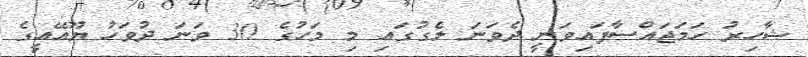
ޝާހިރު ހަމަޖައްސާފައިވަނީ ދެވަނަ ލެގުގައި މި މަހުގެ 30 ވަނަ ދުވަހު ޔޫއޭއީގެ